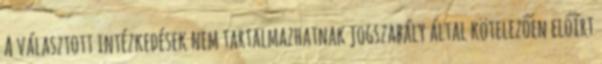
A választott intézkedések nem tartalmazhatnak jogszabály által kötelezően előírt